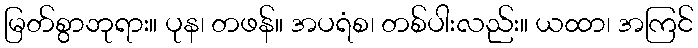
မြတ်စွာဘုရား။ ပုန၊ တဖန်။ အပရံစ၊ တစ်ပါးလည်း။ ယထာ၊ အကြင်